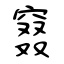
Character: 窡